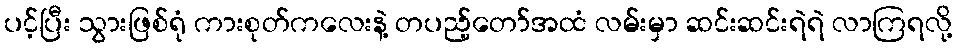
ပင့်ပြီး သွားဖြစ်ရုံ ကားစုတ်ကလေးနဲ့ တပည့်တော်အထံ လမ်းမှာ ဆင်းဆင်းရဲရဲ လာကြရလို့